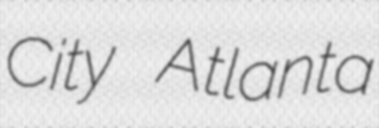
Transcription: City Atlanta